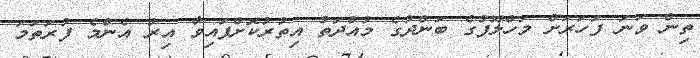
ތިން ވަނަ ފަހަރަށް މަހްލޫފުގެ ބަންދުގެ މުއްދަތު އިތުރުކޮށްފައިވާ އިރު އެންމެ ފުރަތަމަ